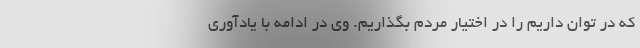
که در توان داریم را در اختیار مردم بگذاریم. وی در ادامه با یادآوری